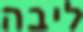
ליבה